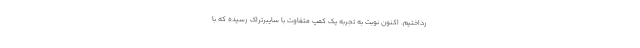
رداختیم. اکنون نوبت به تجربه یک کمپ متفاوت با سایبرتراک رسیده که با